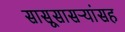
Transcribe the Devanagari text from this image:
सासूसासऱ्यांसह